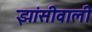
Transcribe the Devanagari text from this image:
झांसीवाली